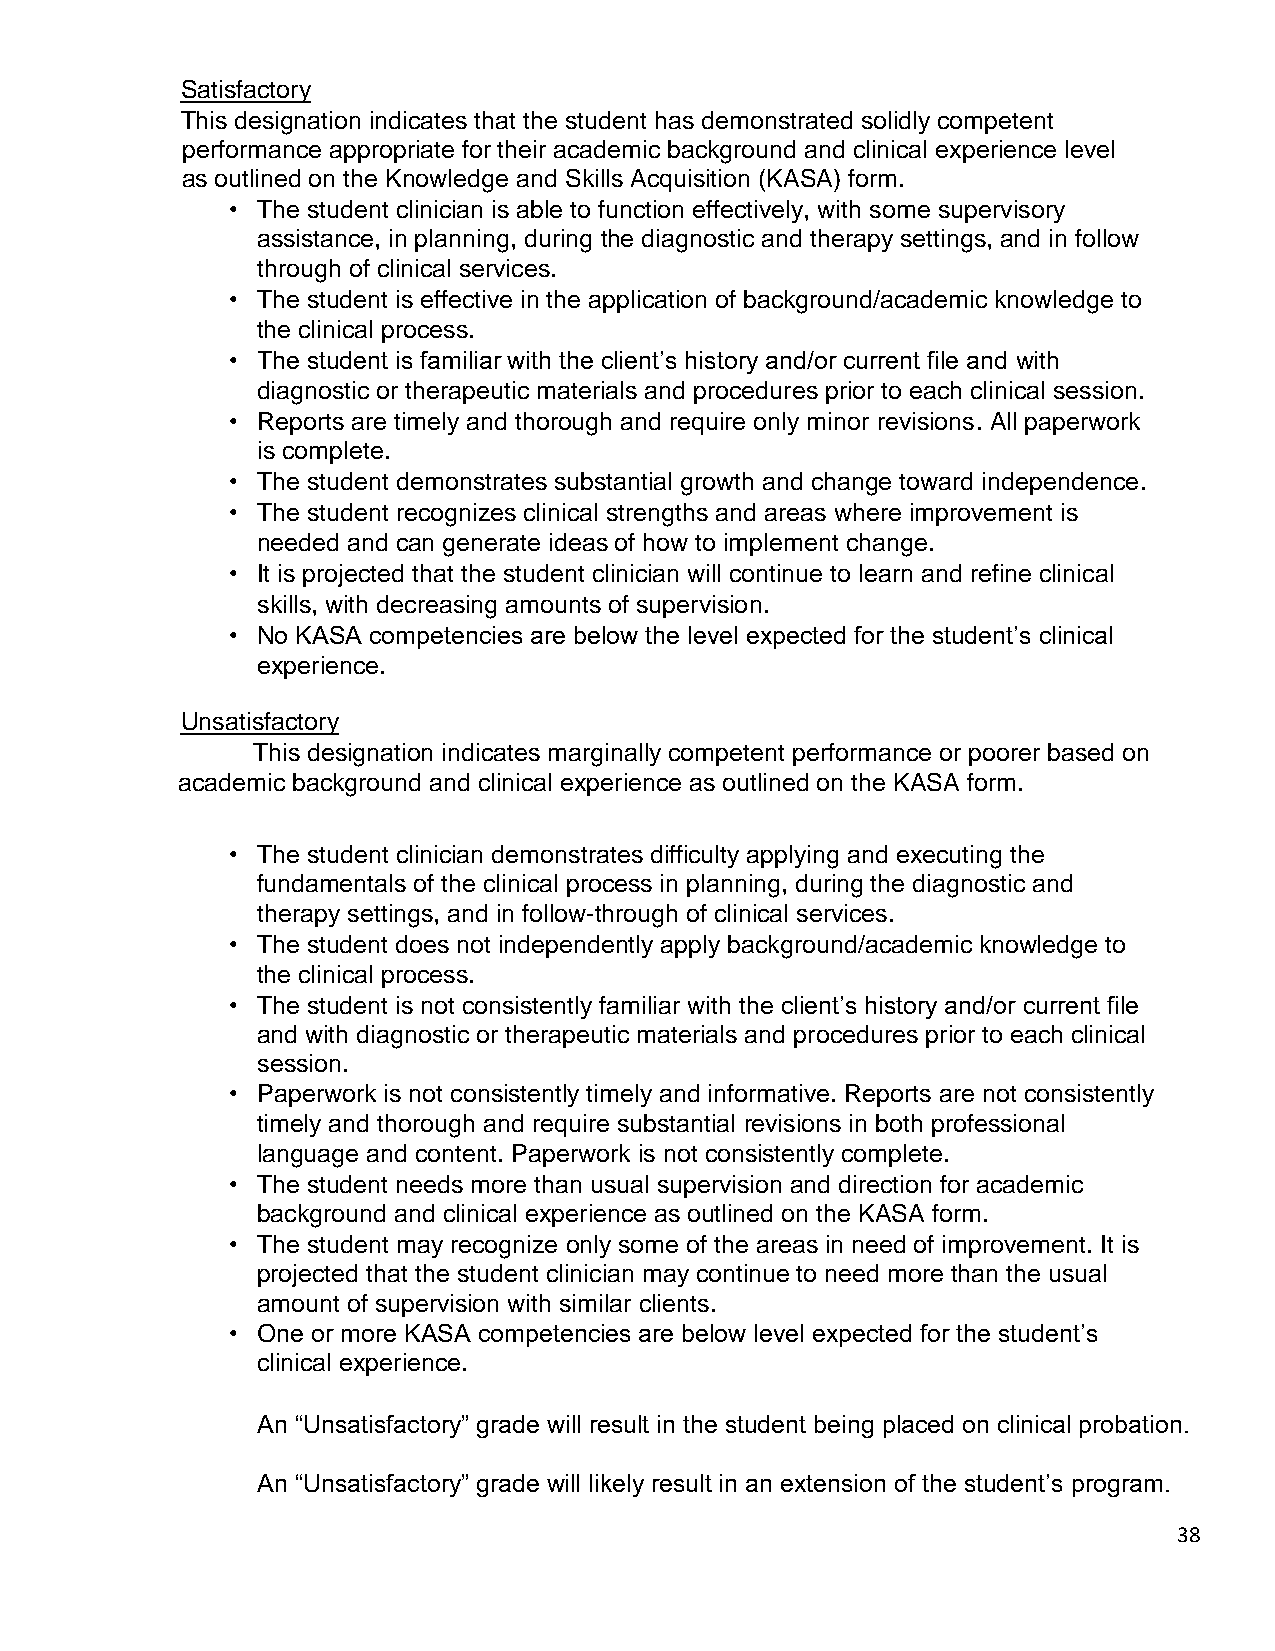
Satisfactory
 This designation indicates that the student has demonstrated solidly competent
 performance appropriate for their academic background and clinical experience level
 as outlined on the Knowledge and Skills Acquisition (KASA) form.
 • The student clinician is able to function effectively, with some supervisory
 assistance, in planning, during the diagnostic and therapy settings, and in follow
 through of clinical services.
 • The student is effective in the application of background/academic knowledge to
 the clinical process.
 • The student is familiar with the client’s history and/or current file and with
 diagnostic or therapeutic materials and procedures prior to each clinical session.
 • Reports are timely and thorough and require only minor revisions. All paperwork
 is complete.
 • The student demonstrates substantial growth and change toward independence.
 • The student recognizes clinical strengths and areas where improvement is
 needed and can generate ideas of how to implement change.
 • It is projected that the student clinician will continue to learn and refine clinical
 skills, with decreasing amounts of supervision.
 • No KASA competencies are below the level expected for the student’s clinical
 experience.
 Unsatisfactory
 This designation indicates marginally competent performance or poorer based on
 academic background and clinical experience as outlined on the KASA form.
 • The student clinician demonstrates difficulty applying and executing the
 fundamentals of the clinical process in planning, during the diagnostic and
 therapy settings, and in follow-through of clinical services.
 • The student does not independently apply background/academic knowledge to
 the clinical process.
 • The student is not consistently familiar with the client’s history and/or current file
 and with diagnostic or therapeutic materials and procedures prior to each clinical
 session.
 • Paperwork is not consistently timely and informative. Reports are not consistently
 timely and thorough and require substantial revisions in both professional
 language and content. Paperwork is not consistently complete.
 • The student needs more than usual supervision and direction for academic
 background and clinical experience as outlined on the KASA form.
 • The student may recognize only some of the areas in need of improvement. It is
 projected that the student clinician may continue to need more than the usual
 amount of supervision with similar clients.
 • One or more KASA competencies are below level expected for the student’s
 clinical experience.
 An “Unsatisfactory” grade will result in the student being placed on clinical probation.
 An “Unsatisfactory” grade will likely result in an extension of the student’s program.
 38